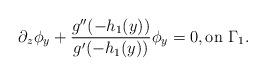
LaTeX: \begin{align*}\partial_z\phi_y+\frac{g^{\prime\prime}(-h_1(y))}{g^\prime(-h_1(y))}\phi_y=0, \mbox{on } \Gamma_1.\end{align*}